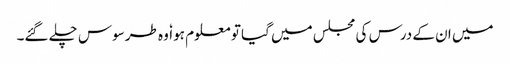
میں ان کے درس کی مجلس میں گیا تو معلوم ہوا ٗ وہ طرسوس چلے گئے۔